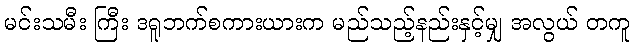
မင်းသမီး ကြီး ဒရူဘက်စကားယားက မည်သည့်နည်းနှင့်မျှ အလွယ် တကူ